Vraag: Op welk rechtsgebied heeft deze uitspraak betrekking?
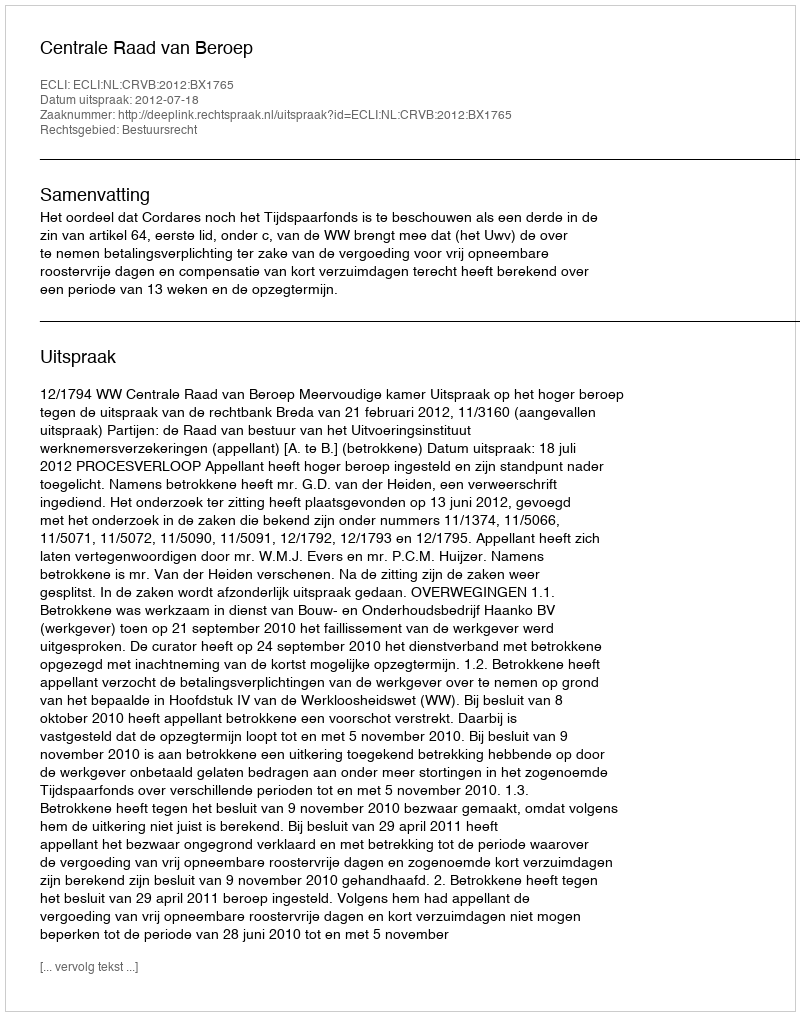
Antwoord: Bestuursrecht